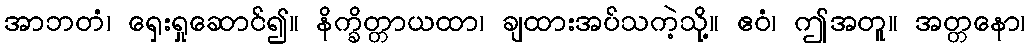
အာဘတံ၊ ရှေးရှုဆောင်၍။ နိက္ခိတ္တာယထာ၊ ချထားအပ်သကဲ့သို့။ ဧဝံ၊ ဤအတူ။ အတ္တနော၊